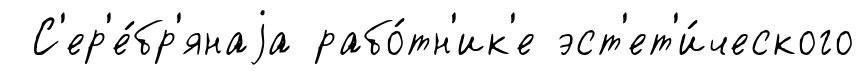
С'ер'е́бр'янаjа рабо́тн'ик'е эст'ет'и́ческого